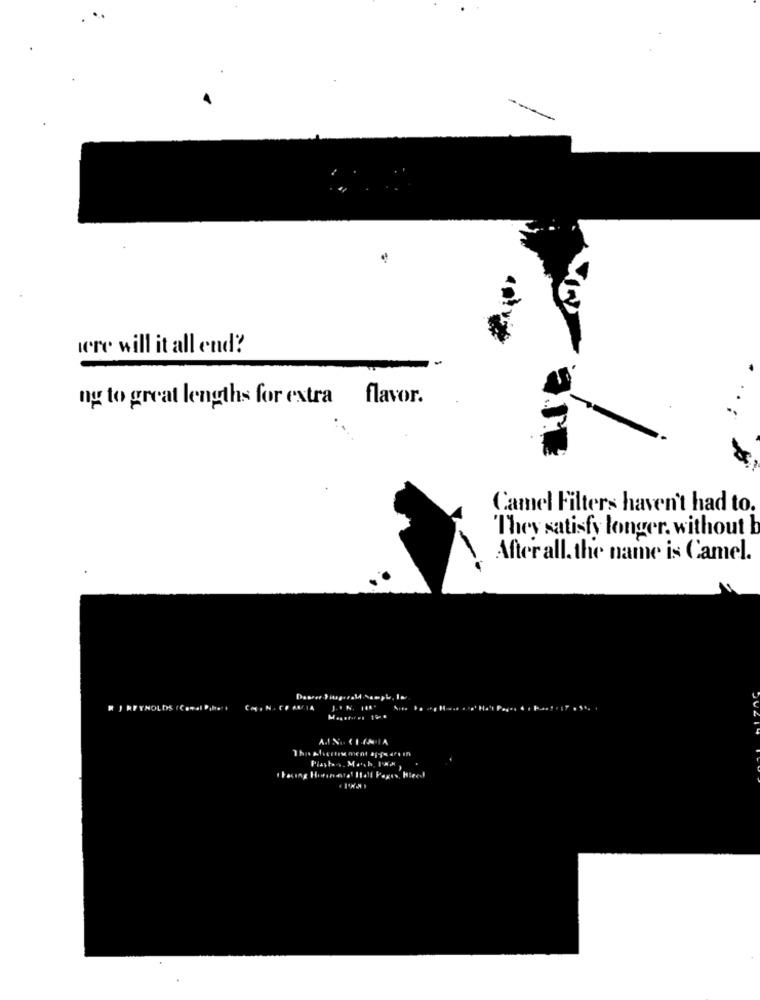
were will it all end?
flavor.
og to great lengths for extra
Camel Filters haven't had to.
They satisfy longer. without b
After all. the name is Camel.
REYNOLDS
ung Hi.